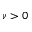
\nu > 0